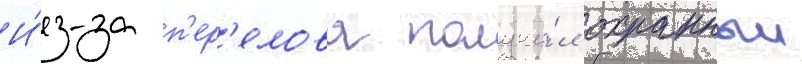
И́з-за п'ер'елова получи́л охранныи